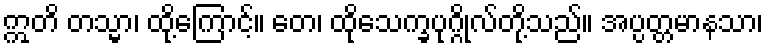
ဣတိ တသ္မာ၊ ထို့ကြောင့်။ တေ၊ ထိုသေက္ခပုဂ္ဂိုလ်တို့သည်။ အပ္ပတ္တမာနသာ၊